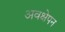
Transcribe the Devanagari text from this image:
अवक्षेपन